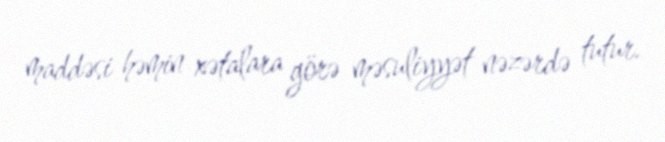
maddəsi həmin xətalara görə məsuliyyət nəzərdə tutur.